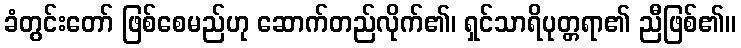
ခံတွင်းတော် ဖြစ်စေမည်ဟု ဆောက်တည်လိုက်၏၊ ရှင်သာရိပုတ္တရာ၏ ညီဖြစ်၏။